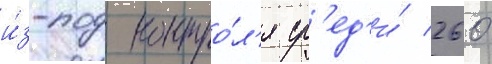
и́з-под контро́л'я ср'ед'и́ 260